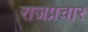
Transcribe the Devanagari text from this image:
राजप्रचार